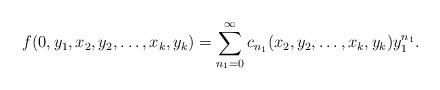
LaTeX: \begin{align*}f(0,y_1,x_2,y_2, \ldots, x_k,y_k)=\sum_{n_1=0}^{\infty}c_{n_1}(x_2,y_2,\ldots,x_k,y_k) y_1^{n_1}.\end{align*}